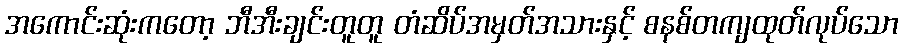
အကောင်းဆုံးကတော့ ဘီအီးချင်းတူတူ တံဆိပ်အမှတ်အသားနှင့် စနစ်တကျထုတ်လုပ်သော